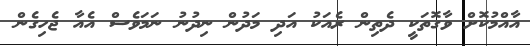
އާއްމުކޮށް ވާގޮތަކީ ދެތިން ރެއަކު އަދި މަދުން ނިދުނު ނަމަވެސް އެއާ ޖެހިގެން